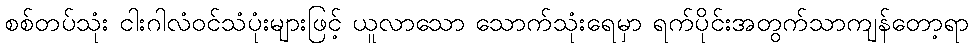
စစ်တပ်သုံး ငါးဂါလံဝင်သံပုံးများဖြင့် ယူလာသော သောက်သုံးရေမှာ ရက်ပိုင်းအတွက်သာကျန်တော့ရာ